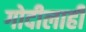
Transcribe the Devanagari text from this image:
गोदीलाही